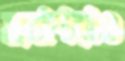
হকারও